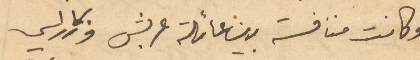
وكانت منافسة بين عائلة عرشب وزكا راسي